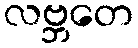
လဗ္ဘတေ